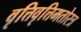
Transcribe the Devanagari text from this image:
वृत्तिवृत्तिमतोरत्र